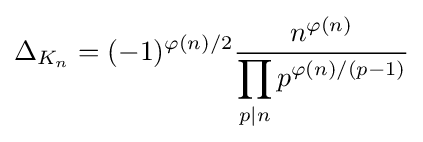
\Delta _{K_{n}}=(-1)^{\varphi (n)/2}{\frac {n^{\varphi (n)}}{\displaystyle \prod _{p|n}p^{\varphi (n)/(p-1)}}}